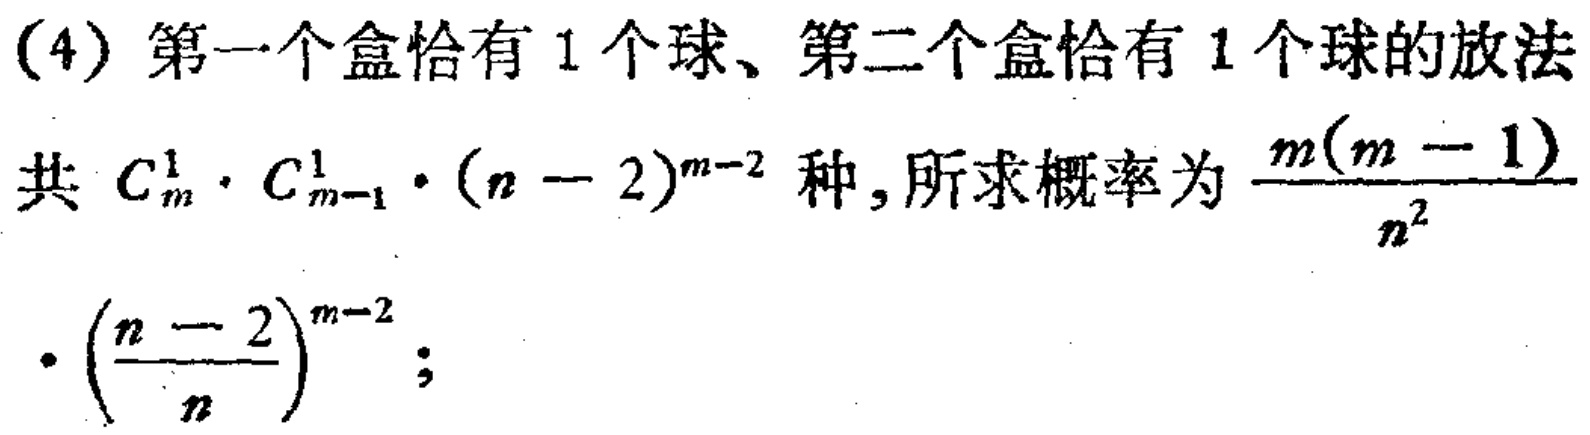
(4) 第一个盒恰有 1 个球、第二个盒恰有 1 个球的放法
共 \(C_{m}^{1} \cdot C_{m - 1}^{1} \cdot (n - 2)^{m - 2}\) 种, 所求概率为 \(\frac{m(m - 1)}{n^{2}} \cdot (\frac{n - 2}{n})^{m - 2}\);